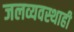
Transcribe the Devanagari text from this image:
जलव्यवस्थाही